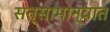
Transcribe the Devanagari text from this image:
सत्सामान्यात